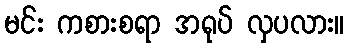
မင်း ကစားစရာ အရုပ် လှပလား။